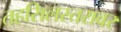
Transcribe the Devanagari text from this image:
तहसिलस्तरावर